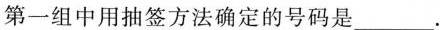
第一组中用抽签方法确定的号码是___.